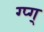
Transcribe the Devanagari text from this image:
ग्प्ग्